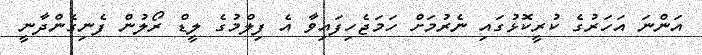
އަންނަ އަހަރުގެ ކުރީކޮޅުގައި ނެރުމަށް ހަމަޖެހިފައިވާ އެ ފިލްމުގެ ލީޑް ރޯލުން ފެނިގެންދާނީ